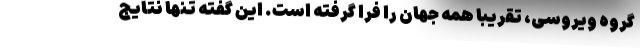
گروه ویروسی، تقریبا همه جهان را فرا گرفته است. این گفته تنها نتایج